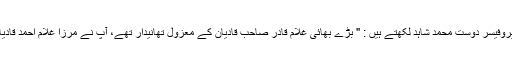
پروفیسر محمد مسعود احمد مجددی نقش بندی صاحب کومعلومات فراہم کرتے ہوئے پروفیسر دوست محمد شاہد لکھتے ہیں : " بڑے بھائی غلام قادر صاحب قادیان کے معزول تھانیدار تھے، آپ نے مرزا غلام احمد قادیانی کے دعواے مسیحیت(1891ء/1309ھ) سے 8 سال قبل 1883ء میں انتقال کیا ۔